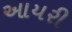
આયરી